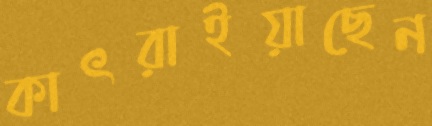
কাৎরাইয়াছেন